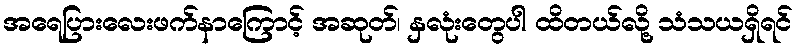
အရေပြားလေးဖက်နာကြောင့် အဆုတ်၊ နှလုံးတွေပါ ထိတယ်လို့ သံသယရှိရင်